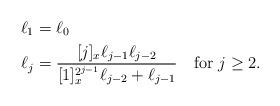
LaTeX: \begin{align*}\ell_1 &=\ell_0 \\\ell_j &= \frac{[j]_x \ell_{j-1}\ell_{j-2}}{[1]_x^{2^{j-1}}\ell_{j-2}+\ell_{j-1}}\quad\mbox{for $j\geq2$}.\end{align*}